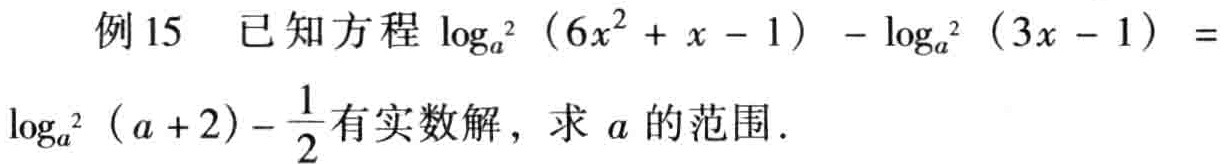
例15 已知方程$\log_{a^{2}}(6x^{2}+x - 1)-\log_{a^{2}}(3x - 1)=\log_{a^{2}}(a + 2)-\frac{1}{2}$有实数解，求$a$的范围.